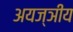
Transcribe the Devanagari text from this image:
अयज्ञीय